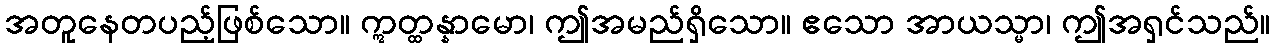
အတူနေတပည့်ဖြစ်သော။ ဣတ္ထန္နာမော၊ ဤအမည်ရှိသော။ ဧသော အာယသ္မာ၊ ဤအရှင်သည်။